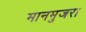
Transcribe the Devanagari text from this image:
मानमुजरा